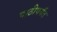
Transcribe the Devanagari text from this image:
पाठीपर्यंत